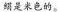
绢是米色的。